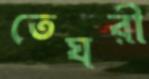
তেঘরী